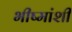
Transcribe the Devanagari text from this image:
भीष्मांशी